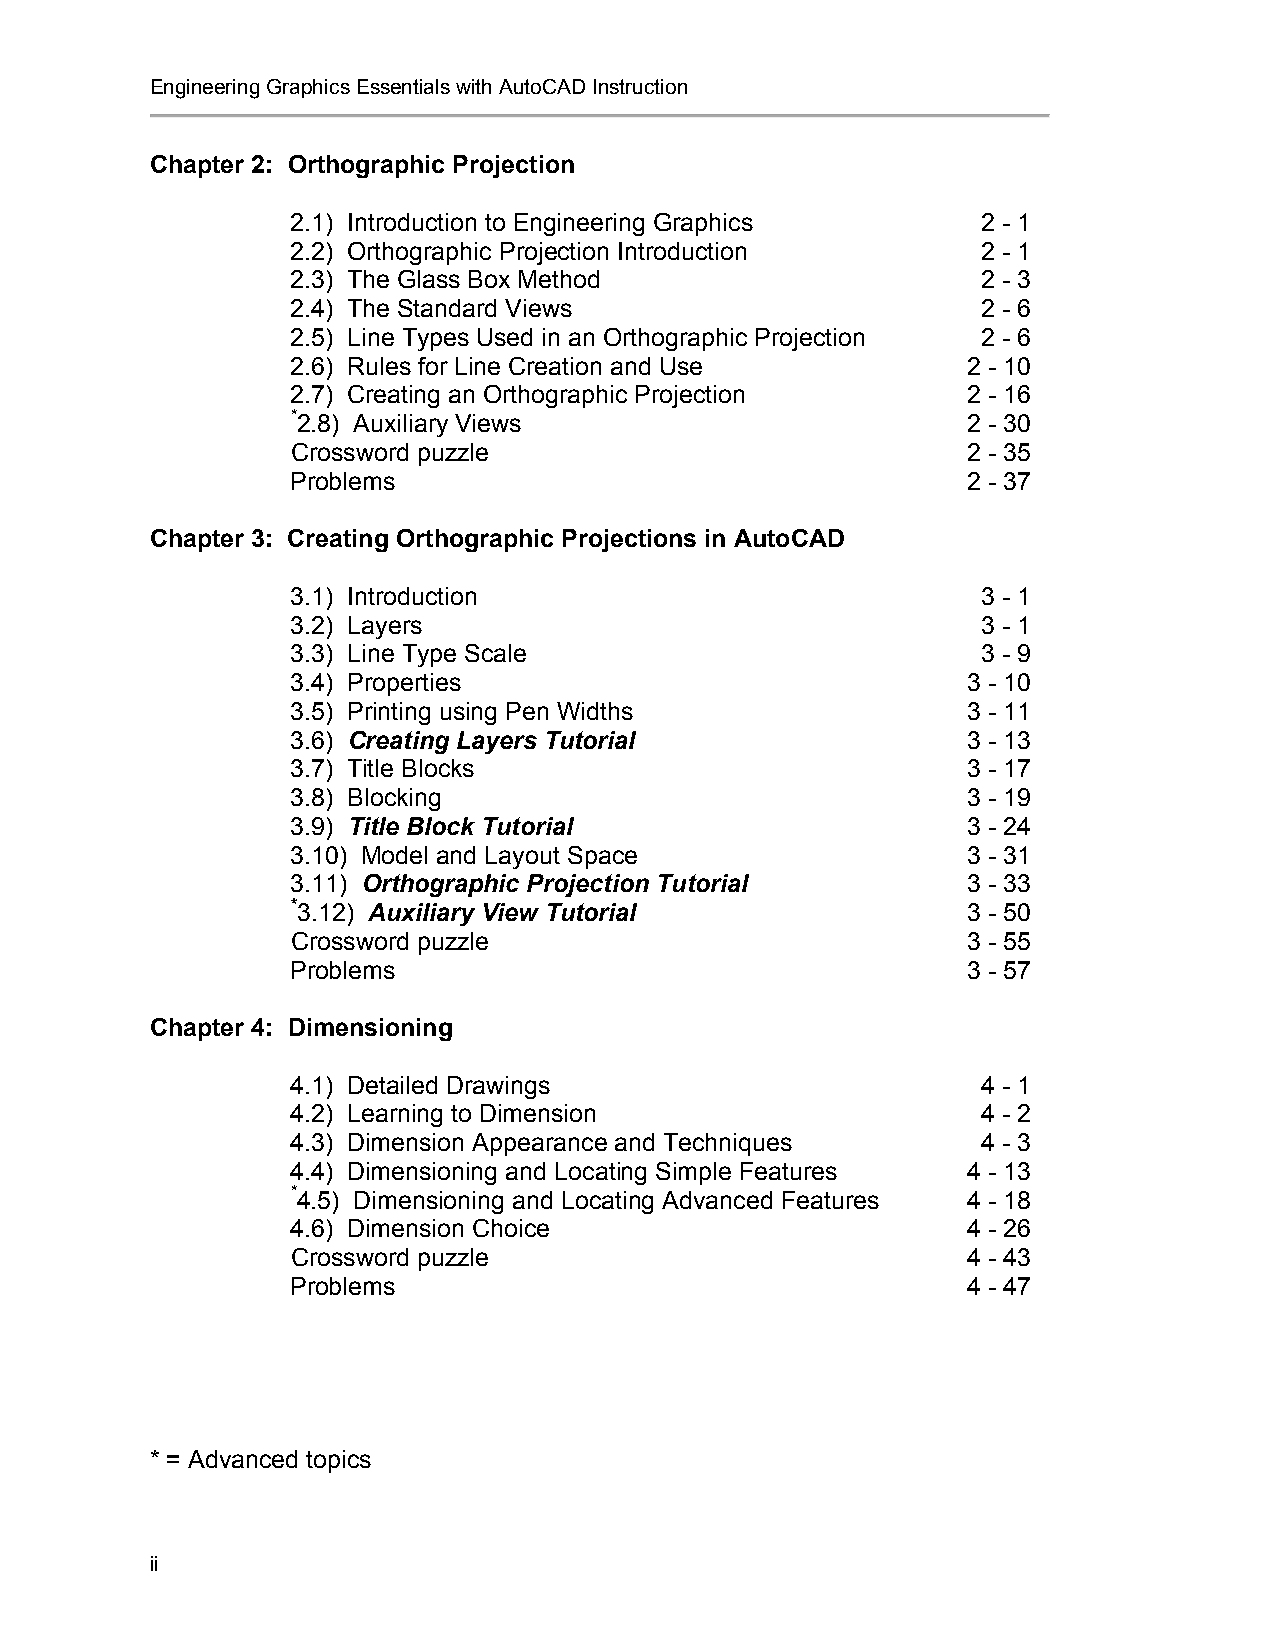
Engineering Graphics Essentials with AutoCAD Instruction
 Chapter 2: Orthographic Projection
 2.1) Introduction to Engineering Graphics     2 - 1
 2.2) Orthographic Projection Introduction     2 - 1
 2.3) The Glass Box Method                     2 - 3
 2.4) The Standard Views                       2 - 6
 2.5) Line Types Used in an Orthographic Projection 2 - 6
 2.6) Rules for Line Creation and Use         2 - 10
 2.7) Creating an Orthographic Projection     2 - 16
 *2.8) Auxiliary Views                        2 - 30
 Crossword puzzle                             2 - 35
 Problems                                     2 - 37
 Chapter 3: Creating Orthographic Projections in AutoCAD
 3.1) Introduction                             3 - 1
 3.2) Layers                                   3 - 1
 3.3) Line Type Scale                          3 - 9
 3.4) Properties                              3 - 10
 3.5) Printing using Pen Widths               3 - 11
 3.6) Creating Layers Tutorial                3 - 13
 3.7) Title Blocks                            3 - 17
 3.8) Blocking                                3 - 19
 3.9) Title Block Tutorial                    3 - 24
 3.10) Model and Layout Space                 3 - 31
 3.11) Orthographic Projection Tutorial       3 - 33
 *3.12) Auxiliary View Tutorial               3 - 50
 Crossword puzzle                             3 - 55
 Problems                                     3 - 57
 Chapter 4: Dimensioning
 4.1) Detailed Drawings                        4 - 1
 4.2) Learning to Dimension                    4 - 2
 4.3) Dimension Appearance and Techniques      4 - 3
 4.4) Dimensioning and Locating Simple Features 4 - 13
 *4.5) Dimensioning and Locating Advanced Features 4 - 18
 4.6) Dimension Choice                        4 - 26
 Crossword puzzle                             4 - 43
 Problems                                     4 - 47
 * = Advanced topics
 ii